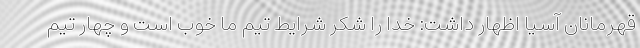
قهرمانان آسیا اظهار داشت: خدا را شکر شرایط تیم ما خوب است و چهار تیم